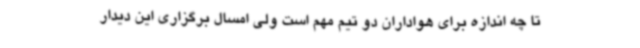
تا چه اندازه برای هواداران دو تیم مهم است ولی امسال برگزاری این دیدار